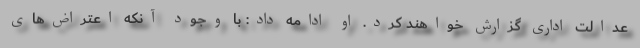
عدالت اداری گزارش خواهند کرد. او ادامه داد: با وجود آنکه اعتراض‌های